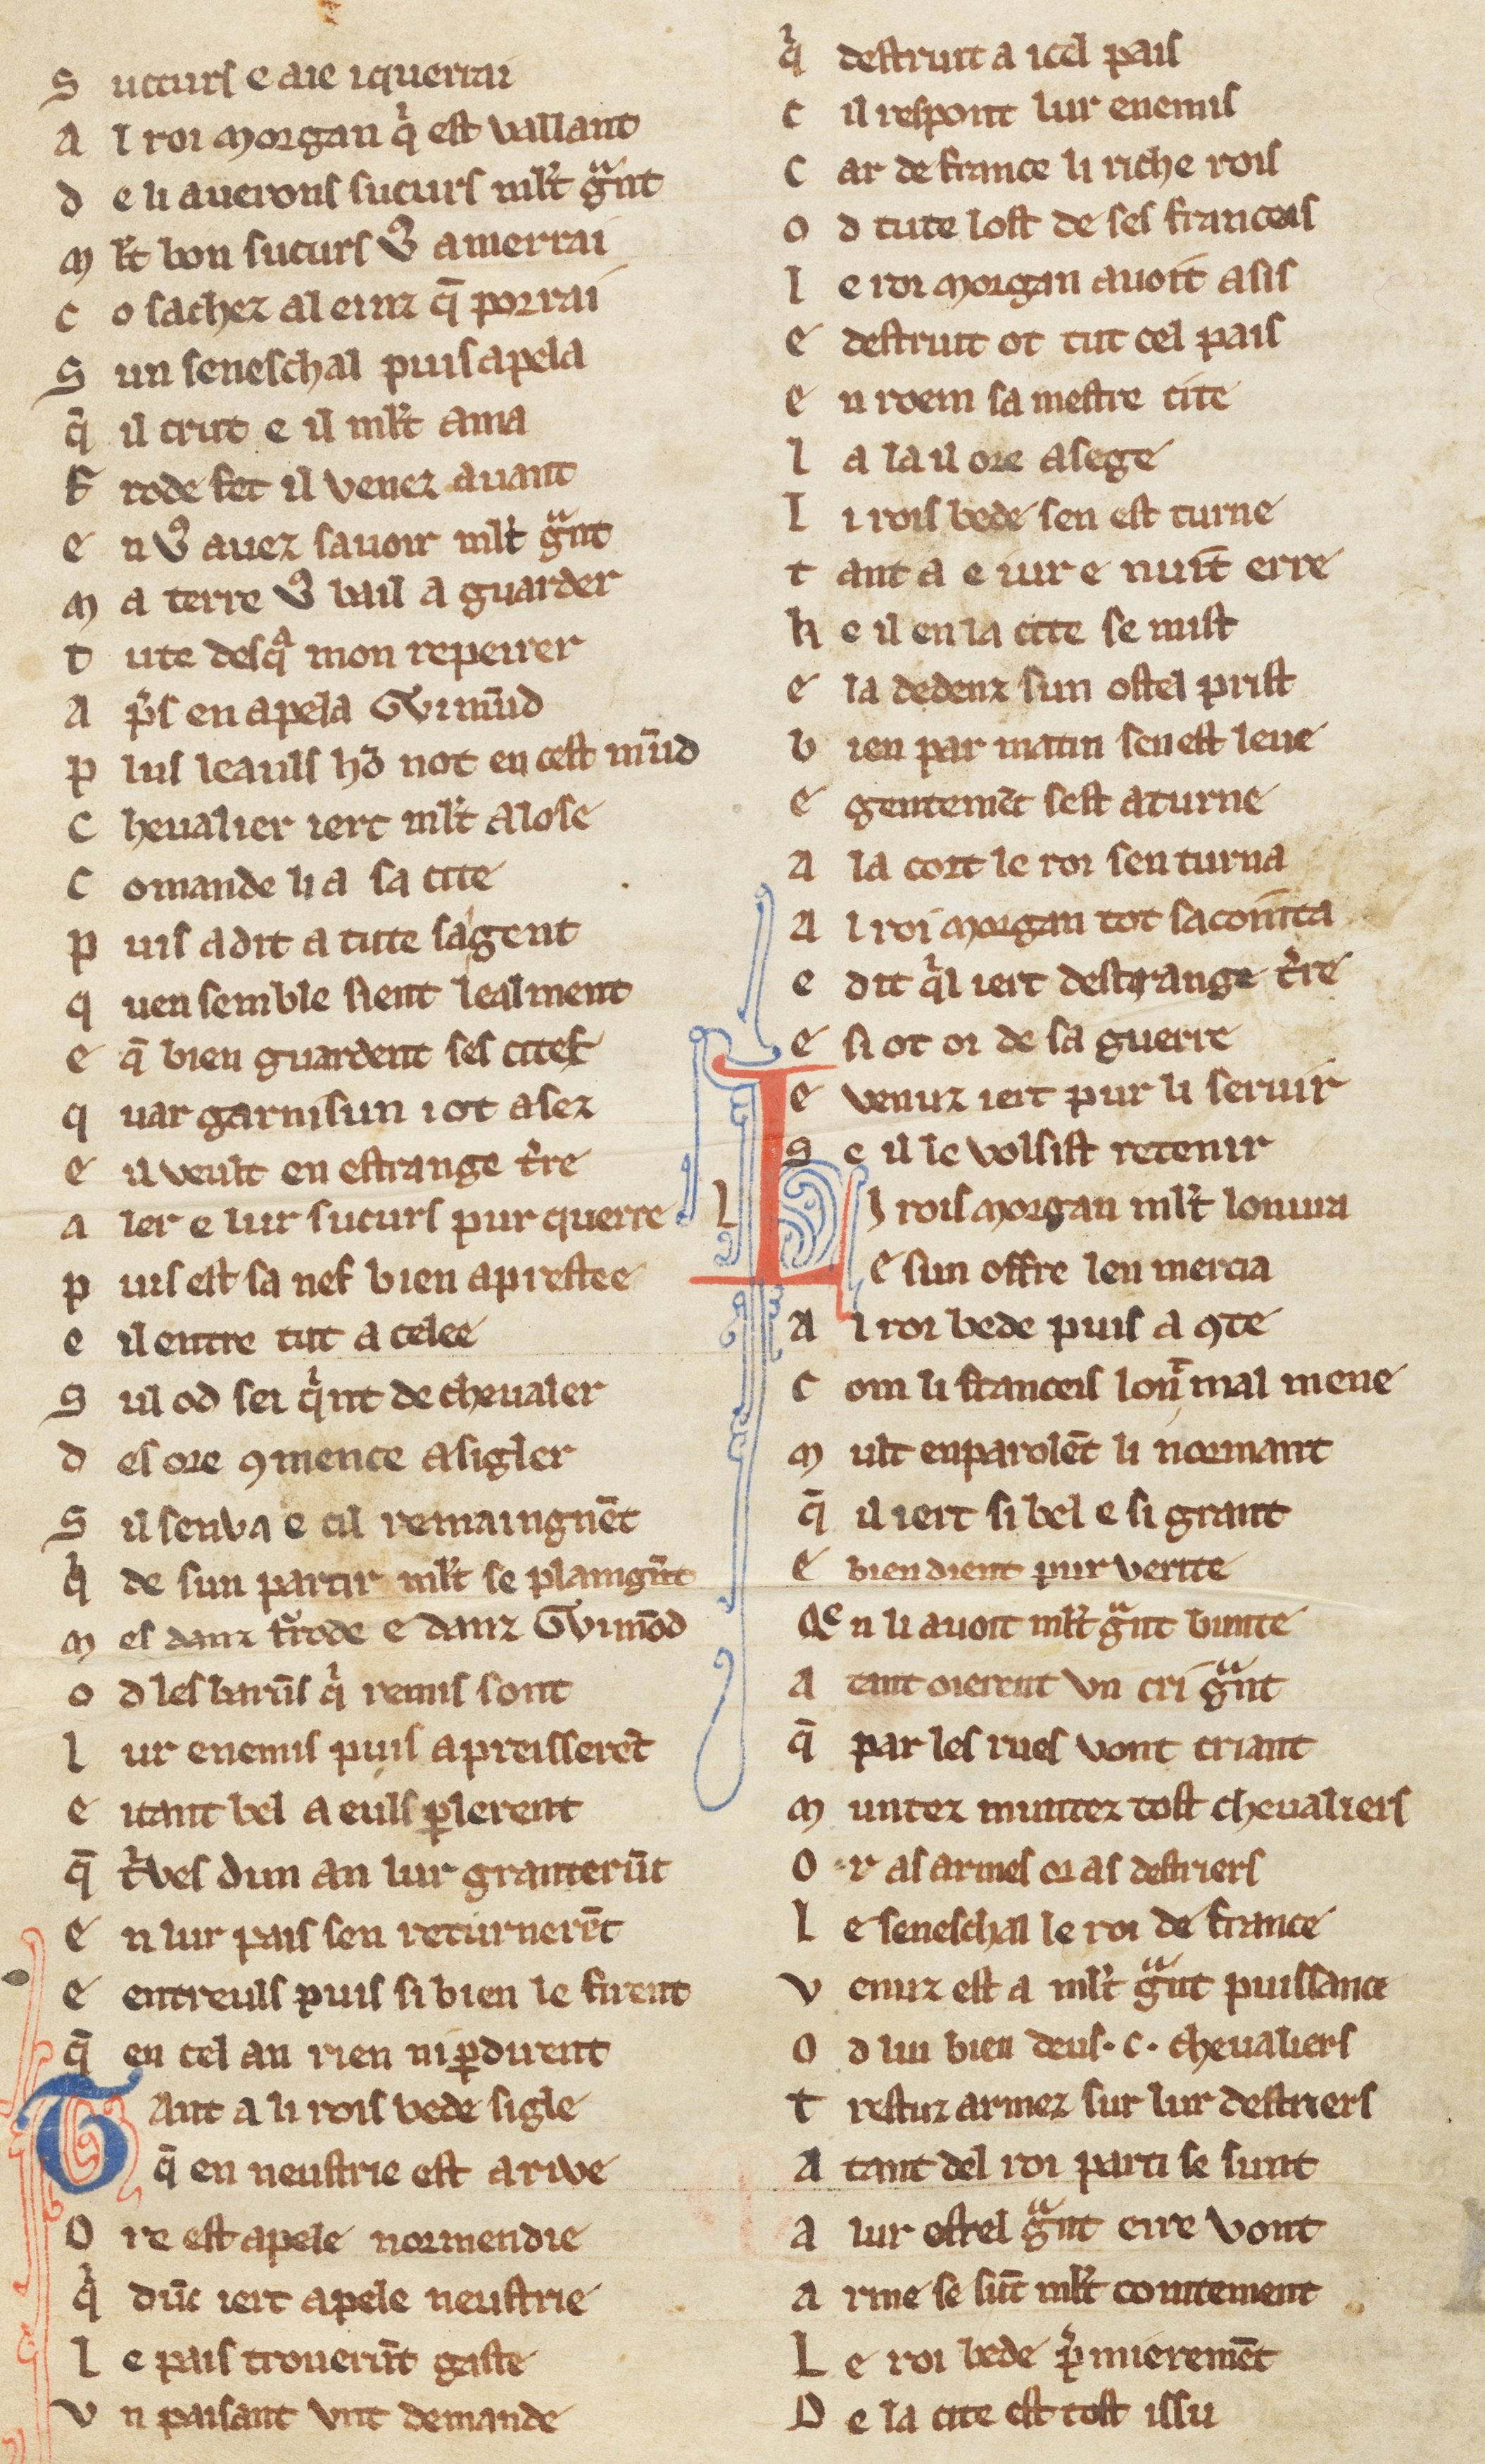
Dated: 1270–1330